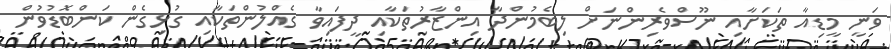
ވަނީ މީޑިއާ ތަކަށާއި ނޫސްވެރިންނަށް ލިބެމުންދާ އިންޒާރުތަކާއި ދީފައިވާ ގެއްލުންތަކާއި ގުޅިގެން ކަންބޮޑުވުން